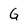
Character: G